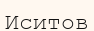
Иситов